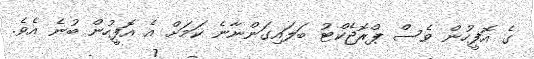
ގެ އޮފީހުން ވެސް ޕްރޮޖެކްޓު ބަލައިގަންނާނެ ކަމަށް އެ އޮފީހުން ބުނެ އެވެ.